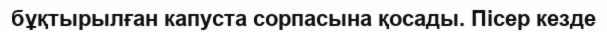
бұқтырылған капуста сорпасына қосады. Пісер кезде